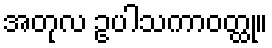
အတုလ ဥပါသကာဝတ္ထု။